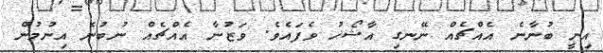
އިނީ ބުނާނެ އެއްޗެއް ނޭނގި އާޝޯޚު ވެފައެވެ. ވަޒުނާ އެއްޗެއް ނުބުނެ އިނުމުން